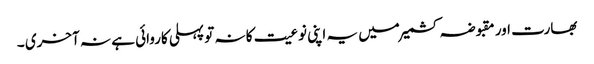
بھارت اور مقبوضہ کشمیر میں یہ اپنی نوعیت کا نہ تو پہلی کاروائی ہے نہ آخری ۔